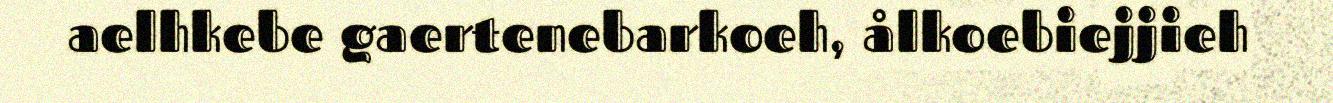
aelhkebe gaertenebarkoeh, ålkoebiejjieh